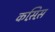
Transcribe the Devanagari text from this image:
कस़िस़